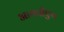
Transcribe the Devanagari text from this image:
आयपीएच